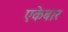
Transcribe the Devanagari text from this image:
एकेबार